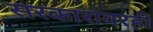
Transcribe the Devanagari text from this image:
सरकारावरही